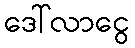
ဒေါ်လာငွေ